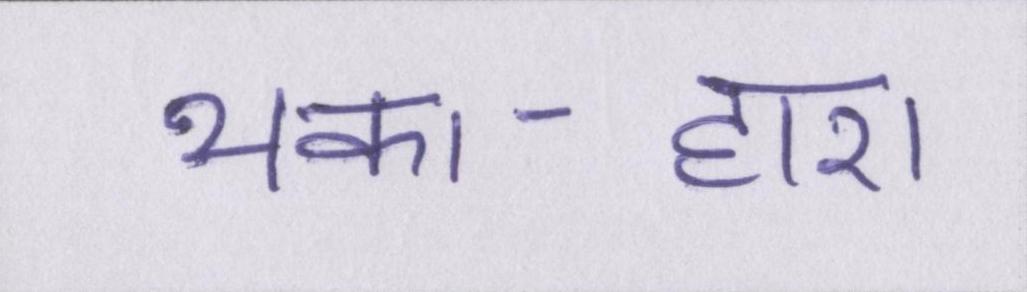
थका-हारा